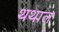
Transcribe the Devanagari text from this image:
थथाल